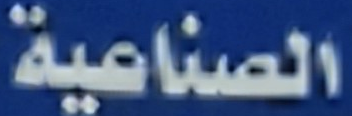
الصناعية